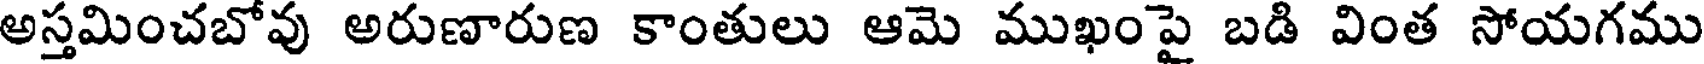
అస్తమించబోవు అరుణారుణ కాంతులు ఆమె ముఖంపై బడి వింత సోయగము